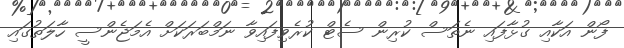
ފޯން އަކާއި ގުޅާފައި ނެތަސް ކުރިން ސެޓް ކުރެވިފައިވާ ނަމްބަރަކަށް އެމަޖެންސީ ހާލަތުގައި